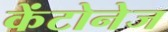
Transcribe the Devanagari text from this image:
केंटोनेज